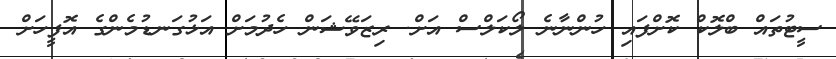
ސީޓުތައް ބްލޮކް ކޮށްފައި ހުންނާނެ ލޯކަލްސް އަށް. ރިޒަވޭޝަން ހެދުމަށް އަޅުގަނޑުމެންގެ އޮފީހަށް